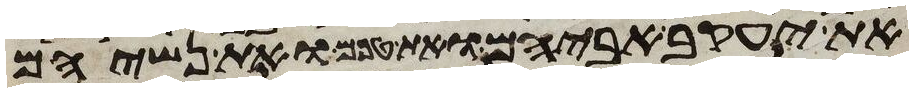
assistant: את יעקב אביהם ואת טפם ואת נשיהם